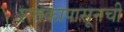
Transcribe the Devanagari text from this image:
शतकापासूनची